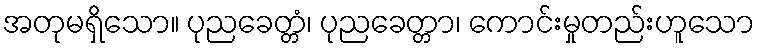
အတုမရှိသော။ ပုညခေတ္တံ၊ ပုညခေတ္တာ၊ ကောင်းမှုတည်းဟူသော